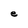
Character: e